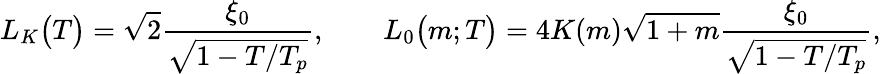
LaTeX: \begin{array}{l}{\displaystyle{L_{K}\big(T\big)=\sqrt{2}\frac{\xi_{0}}{\sqrt{1-T/T_{p}}},\qquad L_{0}\big(m;T\big)=4K(m)\sqrt{1+m}\frac{\xi_{0}}{\sqrt{1-T/T_{p}}},}}\end{array}